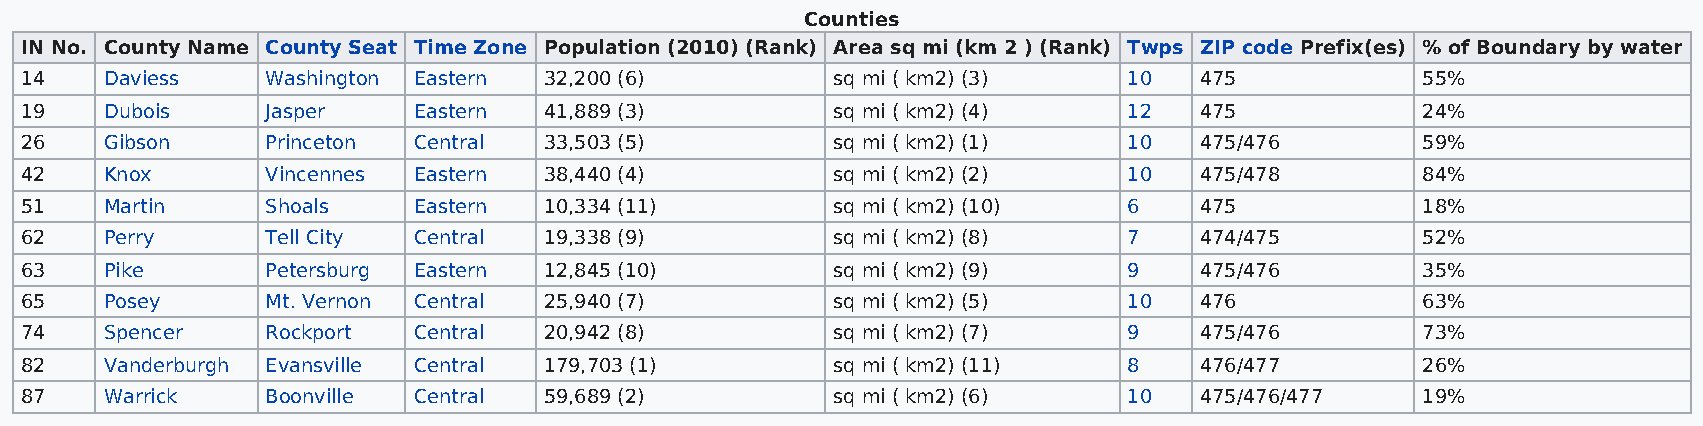
Counties
 IN No. County Name County Seat Time Zone Population (2010) (Rank) Area sq mi (km 2 ) (Rank) Twps ZIP code Prefix(es) % of Boundary by water
 14    Daviess    Washington Eastern 32,200 (6)        sq mi ( km2) (3)    10  475            55%
 19    Dubois     Jasper   Eastern  41,889 (3)         sq mi ( km2) (4)    12  475            24%
 26    Gibson     Princeton Central 33,503 (5)         sq mi ( km2) (1)    10  475/476        59%
 42    Knox       Vincennes Eastern 38,440 (4)         sq mi ( km2) (2)    10  475/478        84%
 51    Martin     Shoals   Eastern  10,334 (11)        sq mi ( km2) (10)   6   475            18%
 62    Perry      Tell City Central 19,338 (9)         sq mi ( km2) (8)    7   474/475        52%
 63    Pike       Petersburg Eastern 12,845 (10)       sq mi ( km2) (9)    9   475/476        35%
 65    Posey      Mt. Vernon Central 25,940 (7)        sq mi ( km2) (5)    10  476            63%
 74    Spencer    Rockport Central  20,942 (8)         sq mi ( km2) (7)    9   475/476        73%
 82    Vanderburgh Evansville Central 179,703 (1)      sq mi ( km2) (11)   8   476/477        26%
 87    Warrick    Boonville Central 59,689 (2)         sq mi ( km2) (6)    10  475/476/477    19%